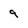
Character: 9